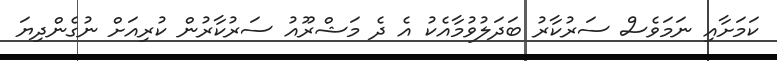
ކަމަށާއި ނަަމަވެސް ސަރުކާރު ބަދަލުވުމާއެކު އެ ދެ މަޝްރޫއު ސަރުކާރުން ކުރިއަށް ނުގެންދިޔަ